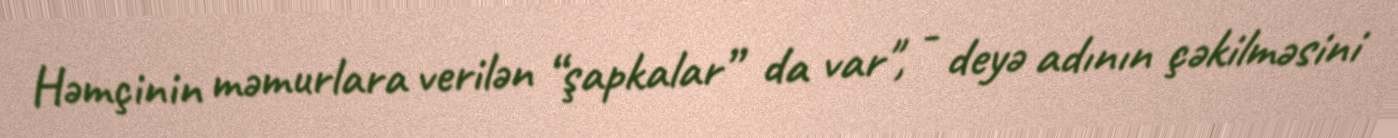
Həmçinin məmurlara verilən “şapkalar” da var", - deyə adının çəkilməsini